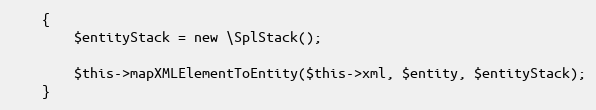
Language: PHP
    {
        $entityStack = new \SplStack();

        $this->mapXMLElementToEntity($this->xml, $entity, $entityStack);
    }